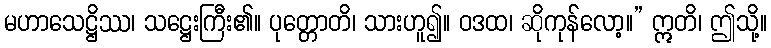
မဟာသေဋ္ဌိဿ၊ သဋ္ဌေးကြီး၏။ ပုတ္တောတိ၊ သားဟူ၍။ ဝဒထ၊ ဆိုကုန်လော့။” ဣတိ၊ ဤသို့။